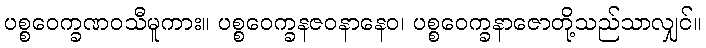
ပစ္စဝေက္ခဏဝသီမူကား။ ပစ္စဝေက္ခနဇဝနာနေဝ၊ ပစ္စဝေက္ခနာဇောတို့သည်သာလျှင်။